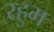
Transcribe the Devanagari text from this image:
रहुम